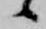
候